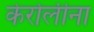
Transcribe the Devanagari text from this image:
केरोलीना